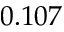
0 . 1 0 7